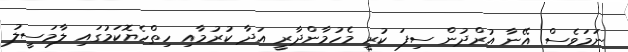
ނަމަވެސް އޭނާ އުރްދުން ސިފަ ކުރީ މެހުމާންދާރީ އަދާ ކުރުމާއި ހިތްހެޔޮކަމުގައި ލާމަސީލު